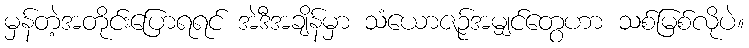
မှန်တဲ့အတိုင်းပြောရရင် အဲဒီအချိန်မှာ သံယောဇဉ်အမျှင်တွေဟာ သစ်မြစ်လိုပဲ။